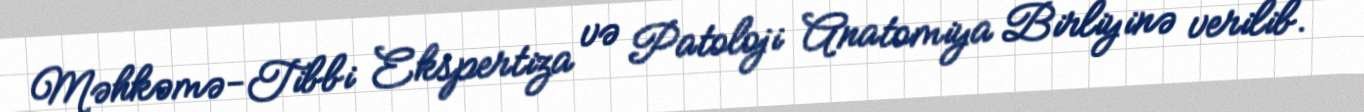
Məhkəmə-Tibbi Ekspertiza və Patoloji Anatomiya Birliyinə verilib.